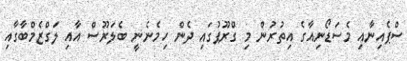
ސްޕެއިނާއި މެސަޑޯނިއާގެ އިތުރުން މި ގްރޫޕުގައި ދެން ހިމެނެނީ ބެލަރޫސް އާއި ލަގްޒެމްބާގާއި